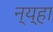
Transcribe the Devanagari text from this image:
न्य्हा